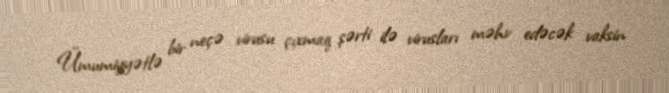
Ümumiyyətlə bir neçə virusu çıxmaq şərti ilə virusları məhv edəcək vaksin